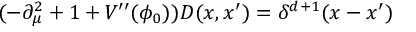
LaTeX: ( - \partial _ { \mu } ^ { 2 } + 1 + V ^ { \prime \prime } ( \phi _ { 0 } ) ) D ( x , x ^ { \prime } ) = \delta ^ { d + 1 } ( x - x ^ { \prime } )